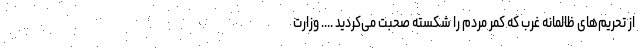
از تحریم‌های ظالمانه غرب که کمر مردم را شکسته صحبت می‌کردید .... وزارت